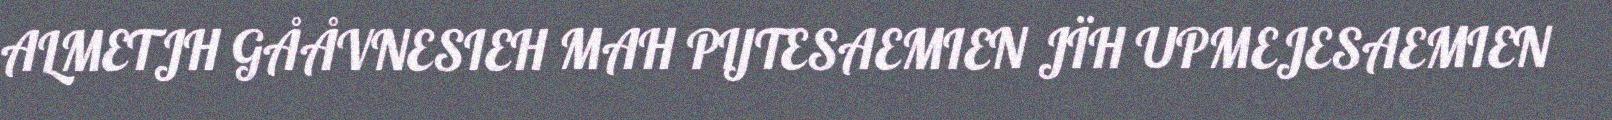
ALMETJH GÅÅVNESIEH MAH PIJTESAEMIEN JÏH UPMEJESAEMIEN